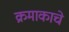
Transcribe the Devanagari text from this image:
क्रमाकाचे